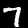
Digit: 7